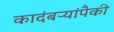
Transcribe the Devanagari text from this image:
कादंबऱ्यांपैकी